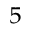
^ 5